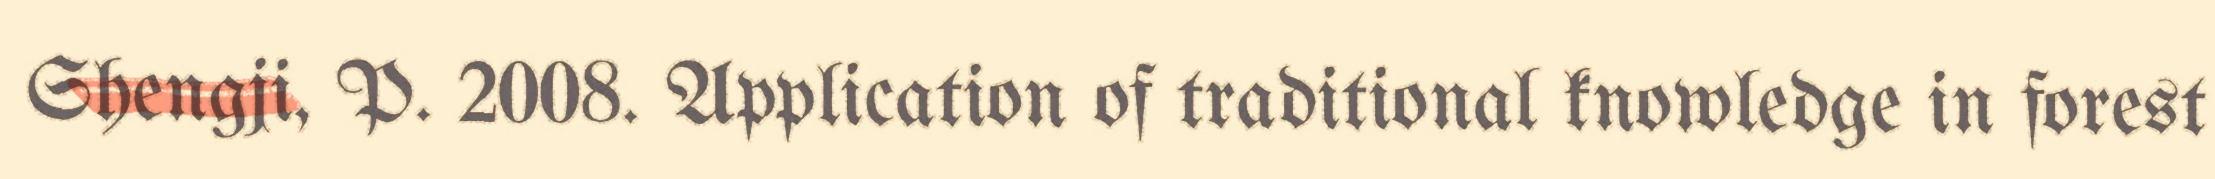
Shengji, P. 2008. Application of traditional knowledge in forest